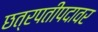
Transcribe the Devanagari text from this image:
छत्रपतीपदावर